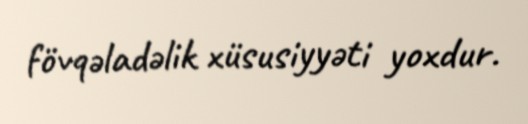
fövqəladəlik xüsusiyyəti yoxdur.